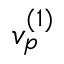
v _ { p } ^ { ( 1 ) }